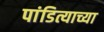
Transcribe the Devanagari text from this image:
पांडित्याच्या